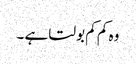
وہ کم کم بولتا ہے ۔